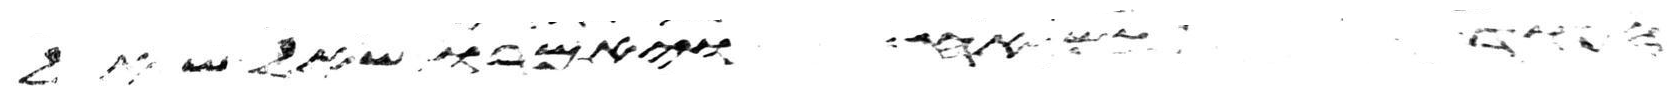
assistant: העוד לכם אח ויאמרו שאל שאל